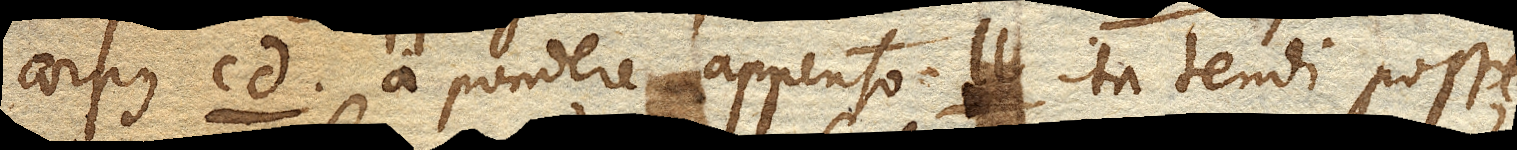
corpus cd. a pondere appenso ll. ita tendi posse,